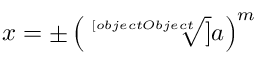
x = \pm \left( { \sqrt [ [object Object] ] { a } } \right) ^ { m }